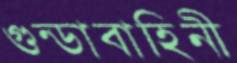
গুন্ডাবাহিনী